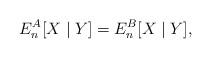
LaTeX: \begin{align*} E_n^A[X\mid Y] = E_n^B[X\mid Y],\end{align*}